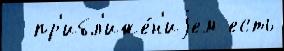
  пр'ибл'иже́н'иjем есть